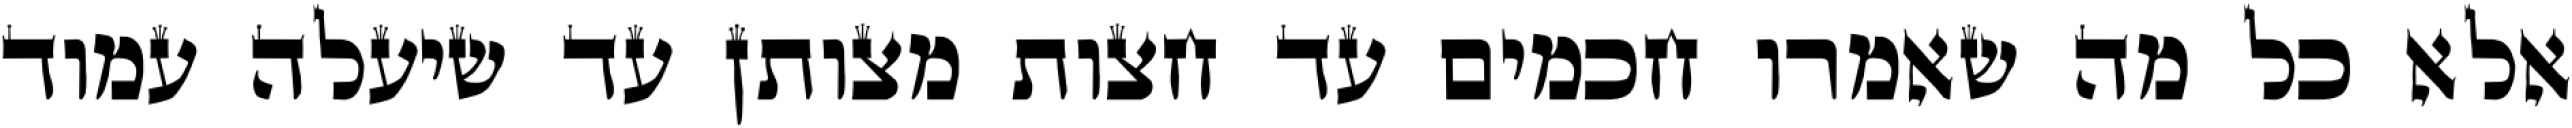
אלא כל מה שאמרו חכמים עד חצות מצותן עד שיעלה עמוד